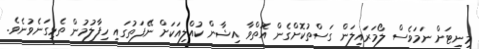
މިނިޓަށް ނަމަވެސް ލޯމަރައިލަން ގަސްތުކޮށްގެން އޮތްވާ އިޝާން ކުއްލިއަކަށް ނޭފަތުގައި ހިފާލުމުން ތެޅިގަނެވުނެވެ.